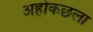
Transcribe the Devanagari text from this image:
अहोकछला